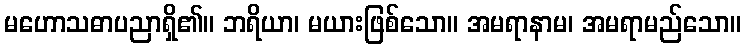
မဟောသဓာပညာရှိ၏။ ဘရိယာ၊ မယားဖြစ်သော။ အမရာနာမ၊ အမရာမည်သော။